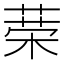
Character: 𦴇